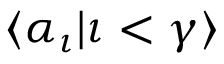
\langle \alpha _ { \iota } | \iota < \gamma \rangle